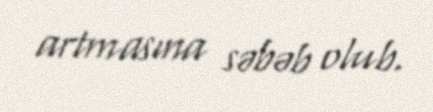
artmasına səbəb olub.